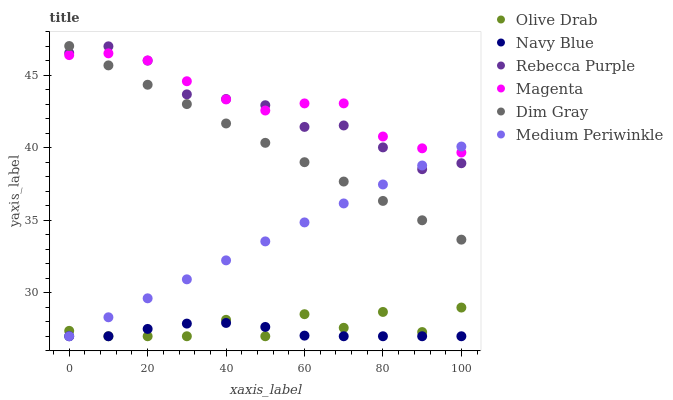
| xaxis_label | Olive Drab | Navy Blue | Rebecca Purple | Magenta | Dim Gray | Medium Periwinkle |
 | --- | --- | --- | --- | --- | --- | --- |
 | 0 | 27.4 | 27 | 46.5 | 46.4 | 47 | 27 |
 | 10 | 27 | 27 | 47 | 46.5 | 45.7 | 28.3 |
 | 20 | 27 | 27.5 | 46 | 46 | 44.3 | 29.6 |
 | 30 | 27 | 27.9 | 43.7 | 44.6 | 43 | 30.9 |
 | 40 | 28.1 | 27.9 | 43.3 | 43.3 | 41.7 | 32.2 |
 | 50 | 27 | 27.6 | 42.9 | 42.6 | 40.3 | 33.5 |
 | 60 | 28.5 | 27 | 41.4 | 43 | 39 | 34.8 |
 | 70 | 27.6 | 27 | 41.5 | 43 | 37.7 | 36.2 |
 | 80 | 28.7 | 27 | 40 | 40.8 | 36.3 | 37.5 |
 | 90 | 27.3 | 27 | 38.5 | 40 | 35 | 38.8 |
 | 100 | 29 | 27 | 38.9 | 39.7 | 33.7 | 40.1 |